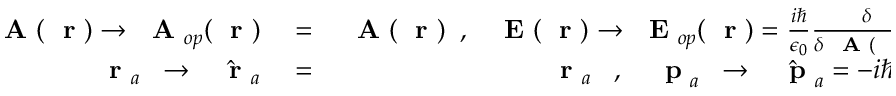
\begin{array} { r l r } { \mathrm { ~ \bf ~ A ~ } ( \mathrm { ~ \bf ~ r ~ } ) \to \mathrm { ~ \bf ~ A ~ } _ { o p } ( \mathrm { ~ \bf ~ r ~ } ) } & { { } = } & { \mathrm { ~ \bf ~ A ~ } ( \mathrm { ~ \bf ~ r ~ } ) \; \; , \; \; \mathrm { ~ \bf ~ E ~ } ( \mathrm { ~ \bf ~ r ~ } ) \to \mathrm { ~ \bf ~ E ~ } _ { o p } ( \mathrm { ~ \bf ~ r ~ } ) = \frac { i \hbar } { \epsilon _ { 0 } } \frac { \delta } { \delta \mathrm { ~ \bf ~ A ~ } ( \mathrm { ~ \bf ~ r ~ } ) } } \\ { \mathrm { ~ \bf ~ r ~ } _ { a } \; \; \to \; \; \hat { \mathrm { ~ \bf ~ r ~ } } _ { a } } & { { } = } & { { \mathrm { ~ \bf ~ r ~ } _ { a } } \; \; \; , \; \; \; \mathrm { ~ \bf ~ p ~ } _ { a } \; \; \to \; \; \hat { \mathrm { ~ \bf ~ p ~ } } _ { a } = - i \hbar \nabla _ { a } } \end{array}